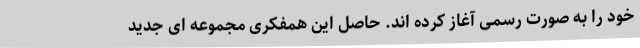
خود را به صورت رسمی آغاز کرده اند. حاصل این همفکری مجموعه ای جدید